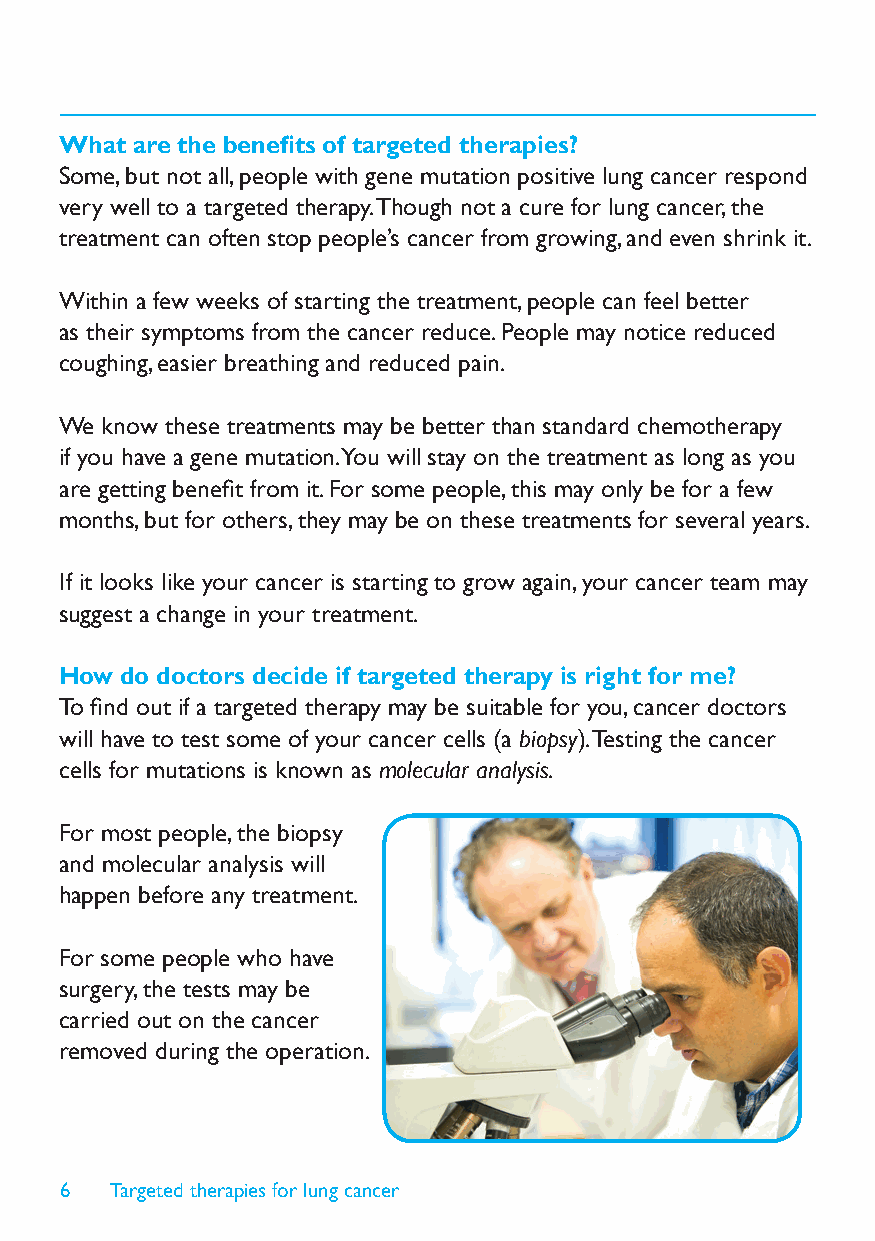
What are the benefits of targeted therapies?
 Some, but not all, people with gene mutation positive lung cancer respond
 very well to a targeted therapy. Though not a cure for lung cancer, the
 treatment can often stop people’s cancer from growing, and even shrink it.
 Within a few weeks of starting the treatment, people can feel better
 as their symptoms from the cancer reduce. People may notice reduced
 coughing, easier breathing and reduced pain.
 We know these treatments may be better than standard chemotherapy
 if you have a gene mutation. You will stay on the treatment as long as you
 are getting benefit from it. For some people, this may only be for a few
 months, but for others, they may be on these treatments for several years.
 If it looks like your cancer is starting to grow again, your cancer team may
 suggest a change in your treatment.
 How do doctors decide if targeted therapy is right for me?
 To find out if a targeted therapy may be suitable for you, cancer doctors
 will have to test some of your cancer cells (a biopsy). Testing the cancer
 cells for mutations is known as molecular analysis.
 For most people, the biopsy
 and molecular analysis will
 happen before any treatment.
 For some people who have
 surgery, the tests may be
 carried out on the cancer
 removed during the operation.
 6  Targeted therapies for lung cancer